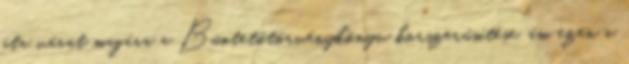
óta várat magára a Büntetőtörvénykönyv korszerűsítése, ám ezen a